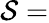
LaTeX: \mathcal{S}=